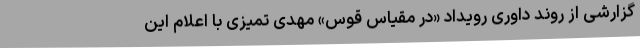
گزارشی از روند داوری رویداد «در مقیاس قوس» مهدی تمیزی با اعلام این